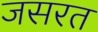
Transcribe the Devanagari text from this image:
जसरत